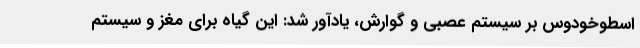
اسطوخودوس بر سیستم عصبی و گوارش، یادآور شد: این گیاه برای مغز و سیستم